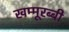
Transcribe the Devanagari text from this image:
खम्मूरब्बी